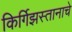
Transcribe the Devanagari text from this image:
किर्गिझस्तानाचे